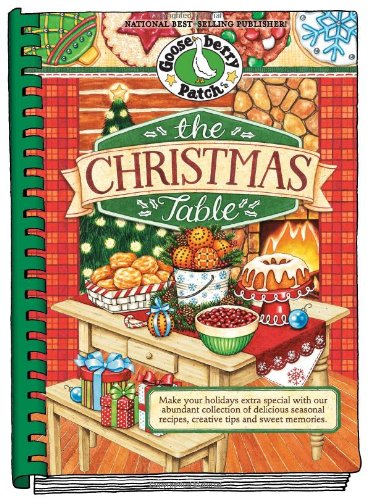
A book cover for The Christmas Table: Make Your Holidays Extra Special With Our Abundant Collection of Delicious Seasonal Recipes, Creative Tips and Sweet Memories (Seasonal Cookbook Collection); Gooseberry Patch; Cookbooks, Food & Wine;